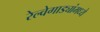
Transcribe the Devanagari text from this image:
रेल्वेगाड्यांमध्ये